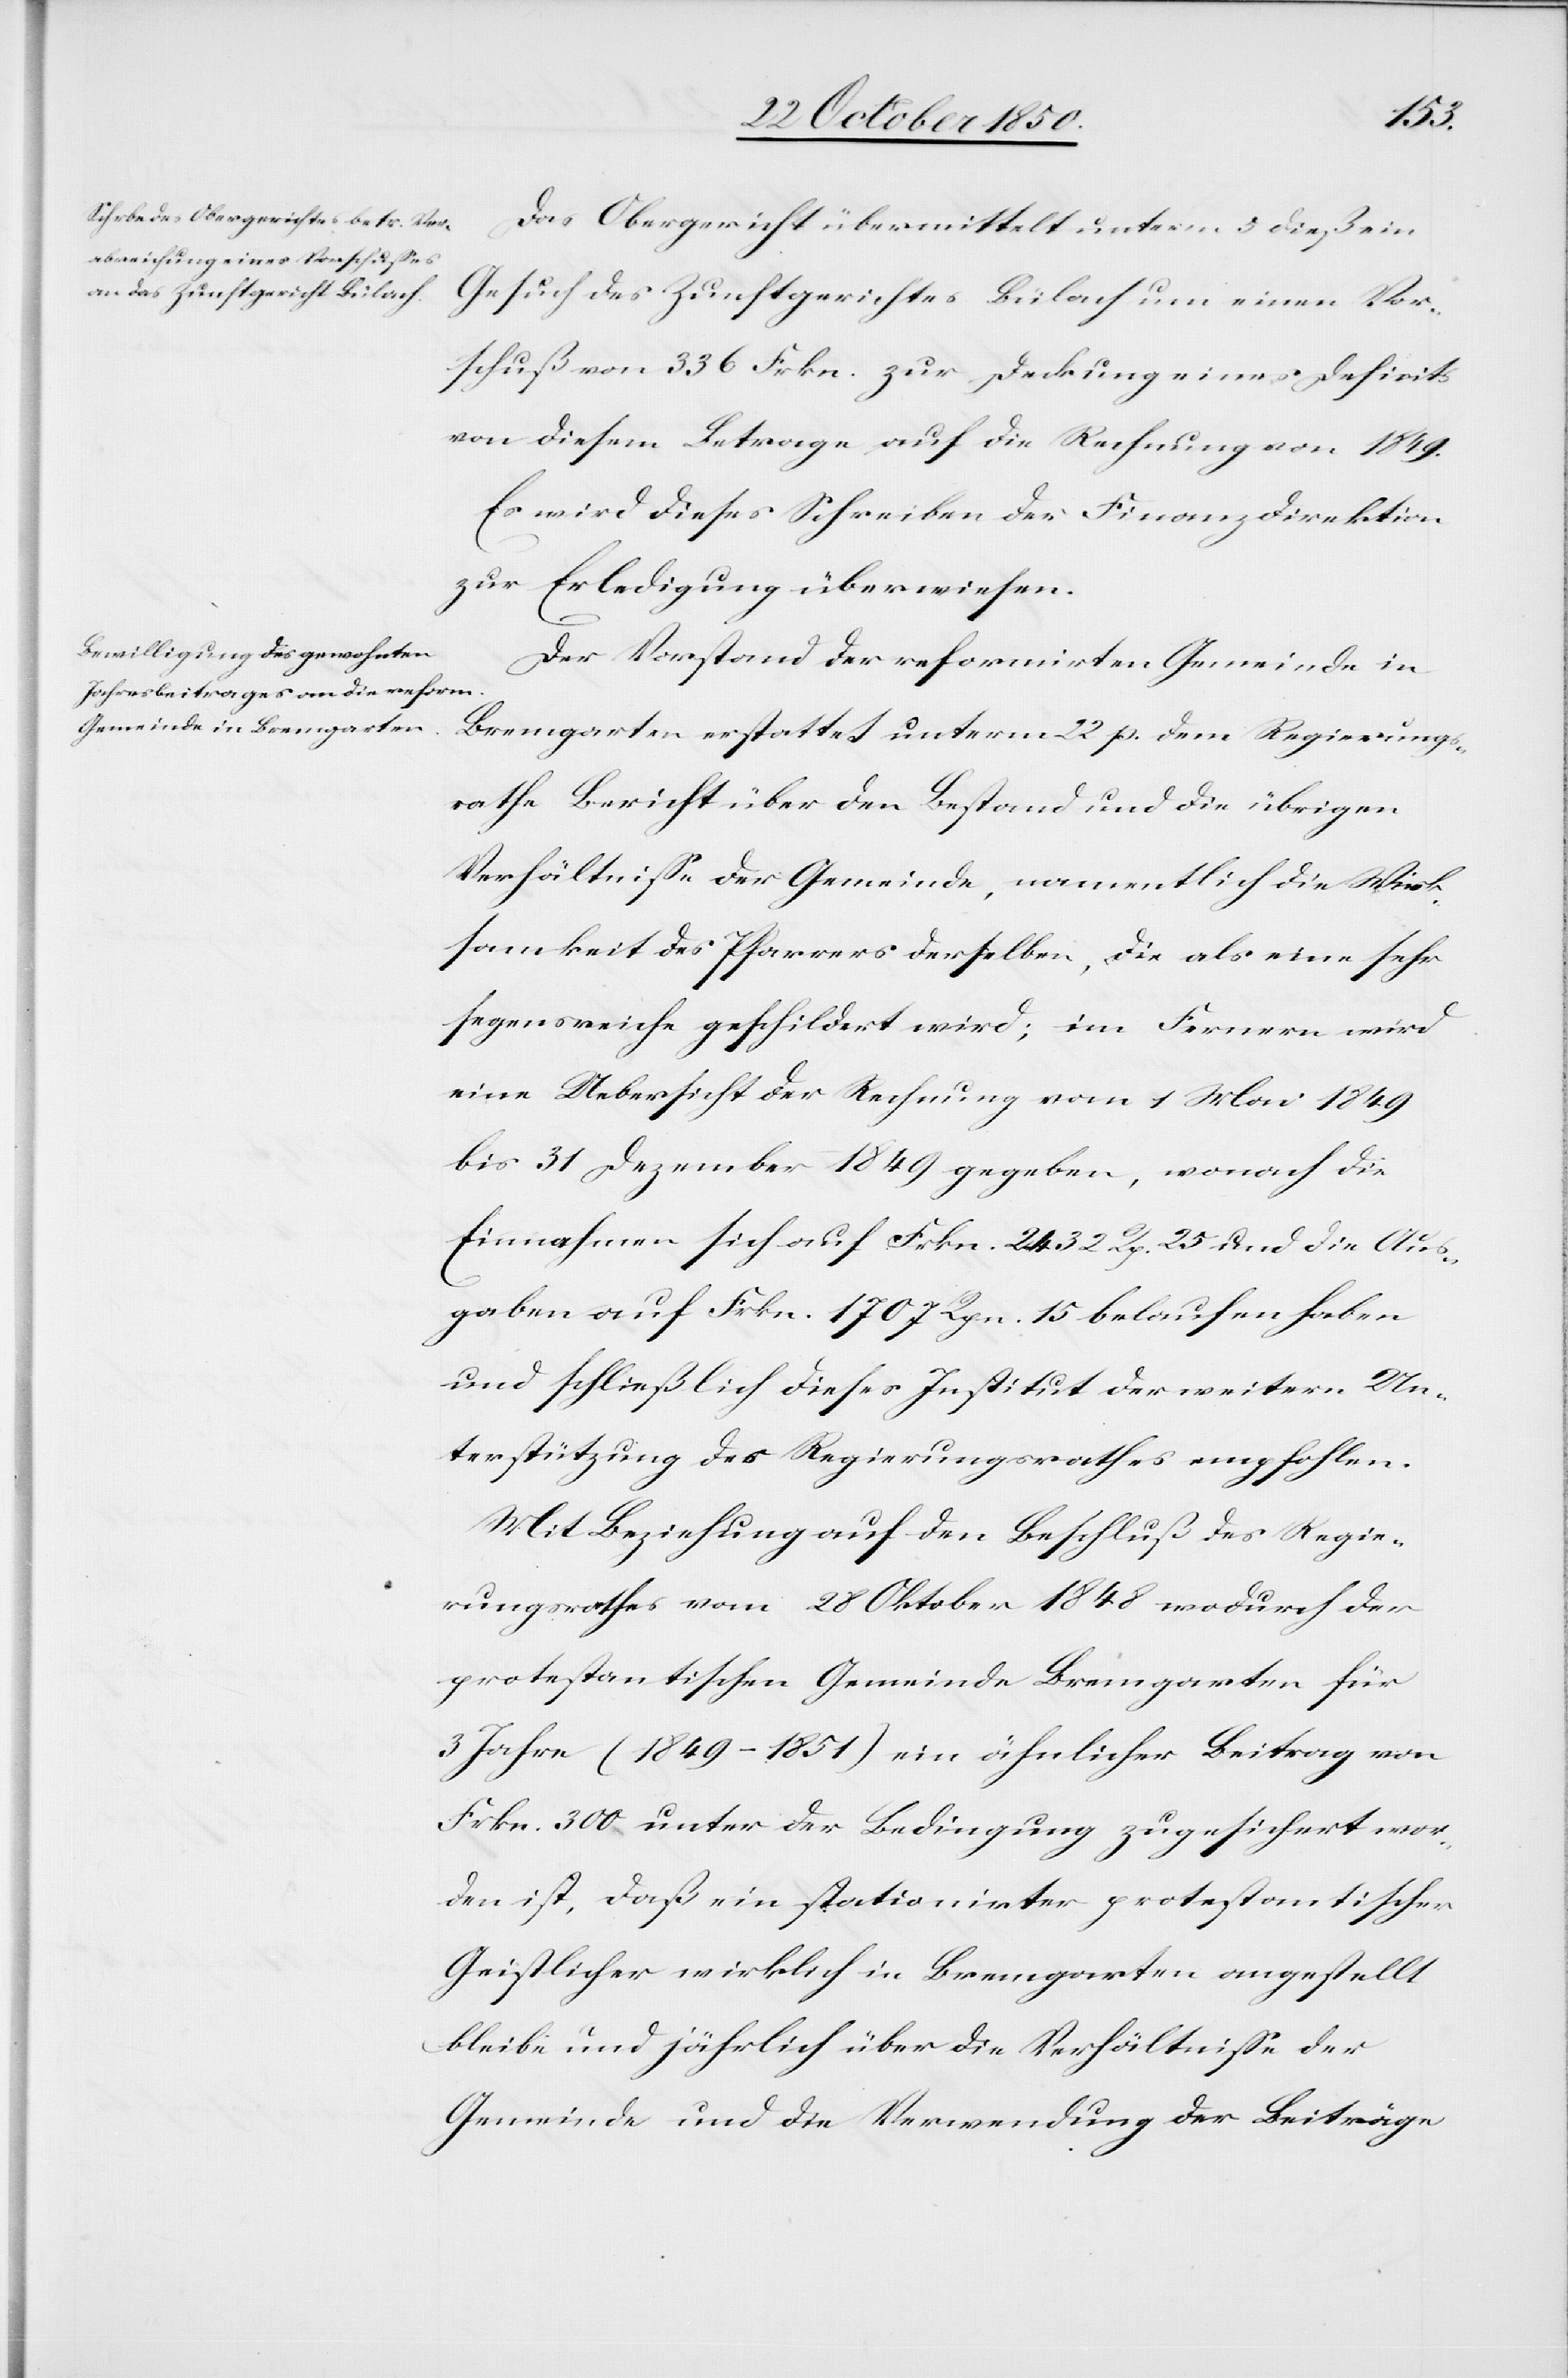
Das Obergericht übermittelt unterm 5 dieß ein
Gesuch des Zunftgerichtes Bülach um einen Vor¬
schuß von 336 Frkn. zur Deckung eines Deficits
von diesem Betrage auf die Rechnung von 1849.
Es wird dieses Schreiben der Finanzdirektion
zur Erledigung überwiesen.
Der Vorstand der reformirten Gemeinde in
Bremgarten erstattet unterm 22 p. dem Regierungs¬
rathe Bericht über den Bestand und die übrigen
Verhältnisse der Gemeinde, namentlich die Wirk¬
samkeit des Pfarrers derselben, die als eine sehr
segensreiche geschildert wird; im Fernern wird
eine Uebersicht der Rechnung vom 1 Mai 1849
bis 31 Dezember 1849 gegeben, wonach die
Einnahmen sich auf Frkn. 2432 Rp. 25. und die Aus¬
gaben auf Frkn. 1707 Rpn. 15 belaufen haben
und schließlich dieses Institut der weitern Un¬
terstützung des Regierungsrathes empfohlen.
Mit Beziehung auf den Beschluß des Regie¬
rungsrathes vom 28 Oktober 1848 wodurch der
protestantischen Gemeinde Bremgarten für
3 Jahre (1849–1851) ein ähnlicher Beitrag von
Frkn. 300 unter der Bedingung zugesichert wor¬
den ist, daß ein stationirter protestantischer
Geistlicher wirklich in Bremgarten angestellt
bleibe und jährlich über die Verhältnisse der
Gemeinde und die Verwendung der Beiträge